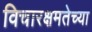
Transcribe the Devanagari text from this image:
विचारक्षमतेच्या